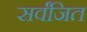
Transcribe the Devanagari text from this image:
सर्वंजित